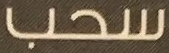
سحب